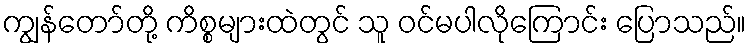
ကျွန်တော်တို့ ကိစ္စများထဲတွင် သူ ဝင်မပါလိုကြောင်း ပြောသည်။